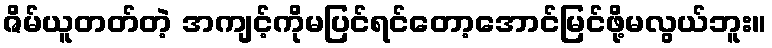
ဇိမ်ယူတတ်တဲ့ အကျင့်ကိုမပြင်ရင်တော့အောင်မြင်ဖို့မလွယ်ဘူး။